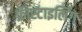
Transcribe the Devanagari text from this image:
फ्रीस्टाइलिंग